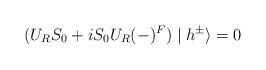
LaTeX: \begin{align*}(U_RS_0+iS_0U_R(-)^F)\mid h^{\pm }\rangle =0 \end{align*}